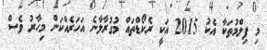
މި ފިލްމުތަކާ އެކު 2015 އަކީ ރެކޯޑްތައް މުގުރާލާނެ އަހަރެއްކަން މިހާރު ވެސް